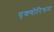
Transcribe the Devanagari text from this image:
एक्गोरिथम